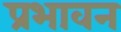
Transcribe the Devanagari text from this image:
प्रभावन